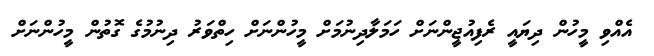
އެއްވި މީހުން ދިޔައީ ރެފިއުޖީންނަށް ހަމަލާދިނުމަށް މީހުންނަށް ހިތްވަރު ދިނުމުގެ ގޮތުން މީހުންނަށް